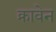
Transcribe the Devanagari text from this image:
क्रावेन